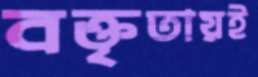
বক্তৃতায়ই